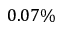
0 . 0 7 \%